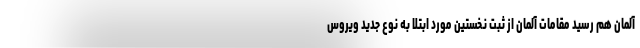
آلمان هم رسید مقامات آلمان از ثبت نخستین مورد ابتلا به نوع جدید ویروس